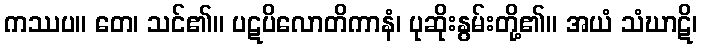
ကဿပ။ တေ၊ သင်၏။ ပဋပိလောတိကာနံ၊ ပုဆိုးနွမ်းတို့၏။ အယံ သံဃာဋိ၊